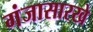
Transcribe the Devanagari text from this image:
गंजासारखे